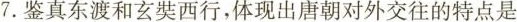
7.鉴真东渡和玄西行，体现出唐朝对外交往的特点是